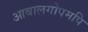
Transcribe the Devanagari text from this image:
आबालगोपमपि